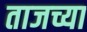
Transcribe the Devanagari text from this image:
ताजच्या